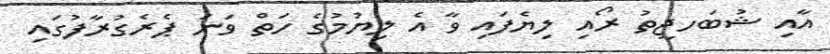
އާއި ޝުބަހޖީތު ރޯއި ލިޔެފައި ވާ އެ ލިޔުމުގެ ހަތް ވަނަ ޕެރެގުރާފުގައި